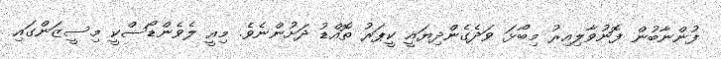
ފުންނާބުން ފޮނުވާލިއިރު މިބޯޅަ ވަދެގެންދިޔައީ ކީޕަރު ތޮއްޑު ދަށުންނެވެ. މިއީ ލެވެންޑޯސްކީ މިސީޒަންގައި